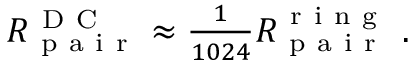
\begin{array} { r } { R _ { \mathrm { ~ p ~ a ~ i ~ r ~ } } ^ { \mathrm { ~ D ~ C ~ } } \approx \frac { 1 } { 1 0 2 4 } R _ { \mathrm { ~ p ~ a ~ i ~ r ~ } } ^ { \mathrm { ~ r ~ i ~ n ~ g ~ } } \ . } \end{array}